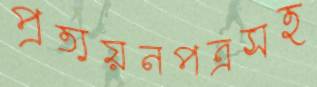
প্রত্যয়নপত্রসহ